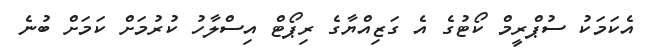
އެކަމަކު ސުޕްރީމް ކޯޓުގެ އެ ގަޒިއްޔާގެ ރިޕޯޓް އިސްލާހު ކުރުމަށް ކަމަށް ބުނެ